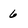
Character: 6